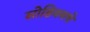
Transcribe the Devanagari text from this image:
सोडियमचे